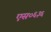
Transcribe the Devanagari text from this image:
एस०६३६